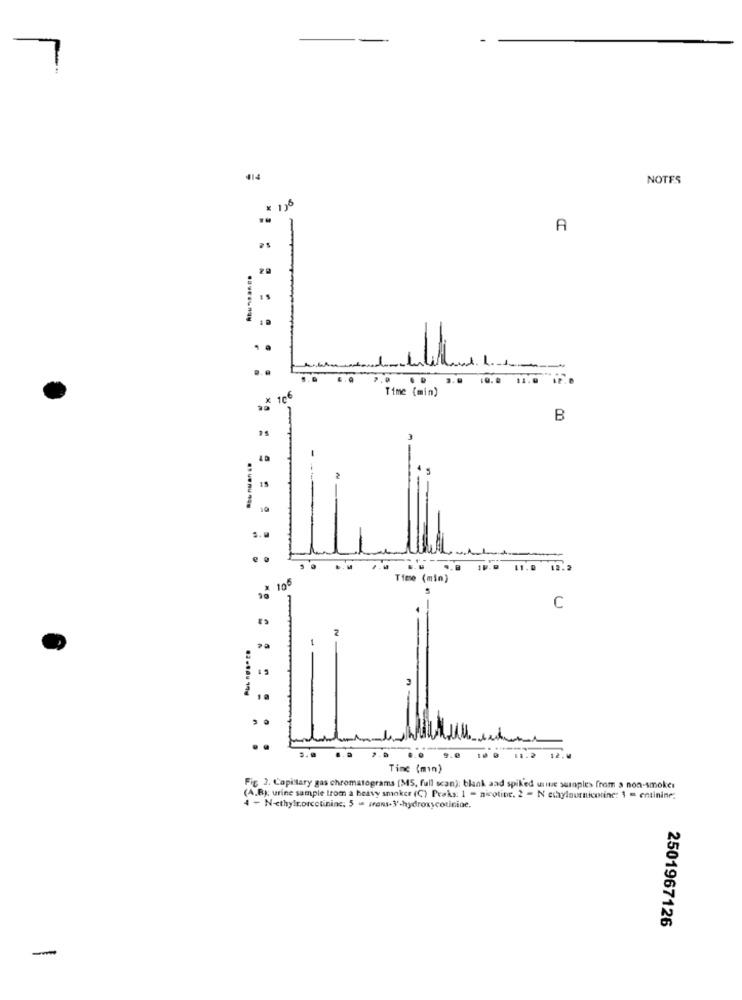
414
NOTES
138
A
as
..
Time (min)
, x 10€
B
as
..
Time (min)
100
C
Tinc (min)
Fig 2. Capittary gas chromatograms (MS, full scan): blank aad spil'ed unite samples from a non-smokes
(A.B): urine sample trom a heavy smoker (C) Peaks: 1 - nicotine. 2 - N ethylournicotine: 1 = entinine;
4 - N-ethylr.orcctininc. 5 - trans-3'-hydroxycotinine.
2501967126
-